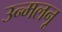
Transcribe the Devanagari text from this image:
उन्मलनू